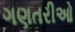
ગણતરીઓ